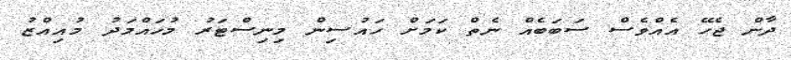
ދާން ޖެހޭ އެއްވެސް ސަބަބެއް ނެތް ކަމަށް ހައުސިން މިނިސްޓަރު މުހައްމަދު މުއިއްޒު